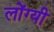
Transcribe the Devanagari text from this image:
लोंग्यी